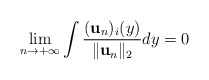
\begin{align*}\lim_{n\rightarrow +\infty}\int \frac{(\mathbf{u}_{n})_{i}(y)}{\lVert \mathbf{u}_{n}\lVert_{2} }dy=0\end{align*}